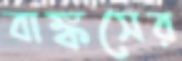
বাঙ্কসের